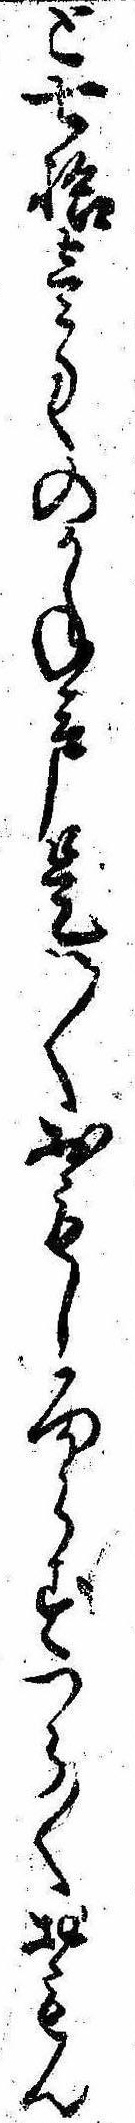
と七拾壱匁のかね声是は〱おもしろからすつら〱おもん